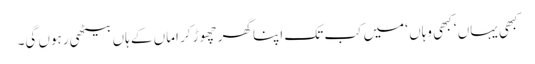
کبھی یہاں ‘ کبھی وہاں ‘ میں کب تک اپنا گھر چھوڑ کر اماں کے ہاں بیٹھی رہوں گی۔